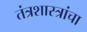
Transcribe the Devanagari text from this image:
तंत्रशास्त्रांचा